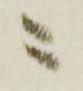
ニ